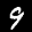
Label: 9